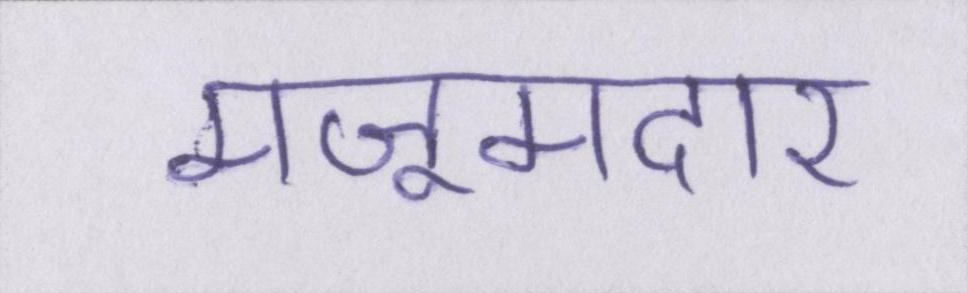
मजूमदार